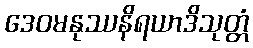
ဒေဝမနုဿနိရယာဒိသုတ္တံ